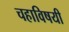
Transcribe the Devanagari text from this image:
चहाविषयी